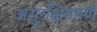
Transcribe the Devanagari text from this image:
असुरक्षितपणे